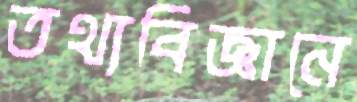
তথ্যবিজ্ঞানে